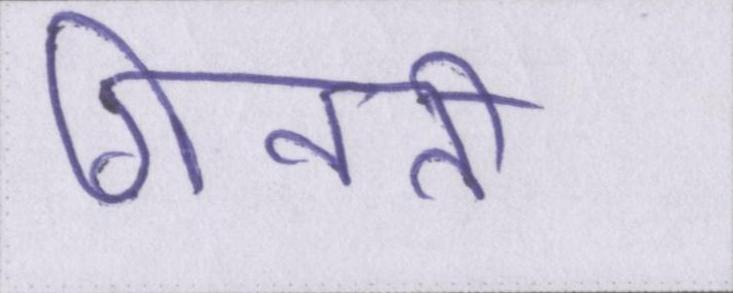
गिनती